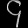
Digit: ၄